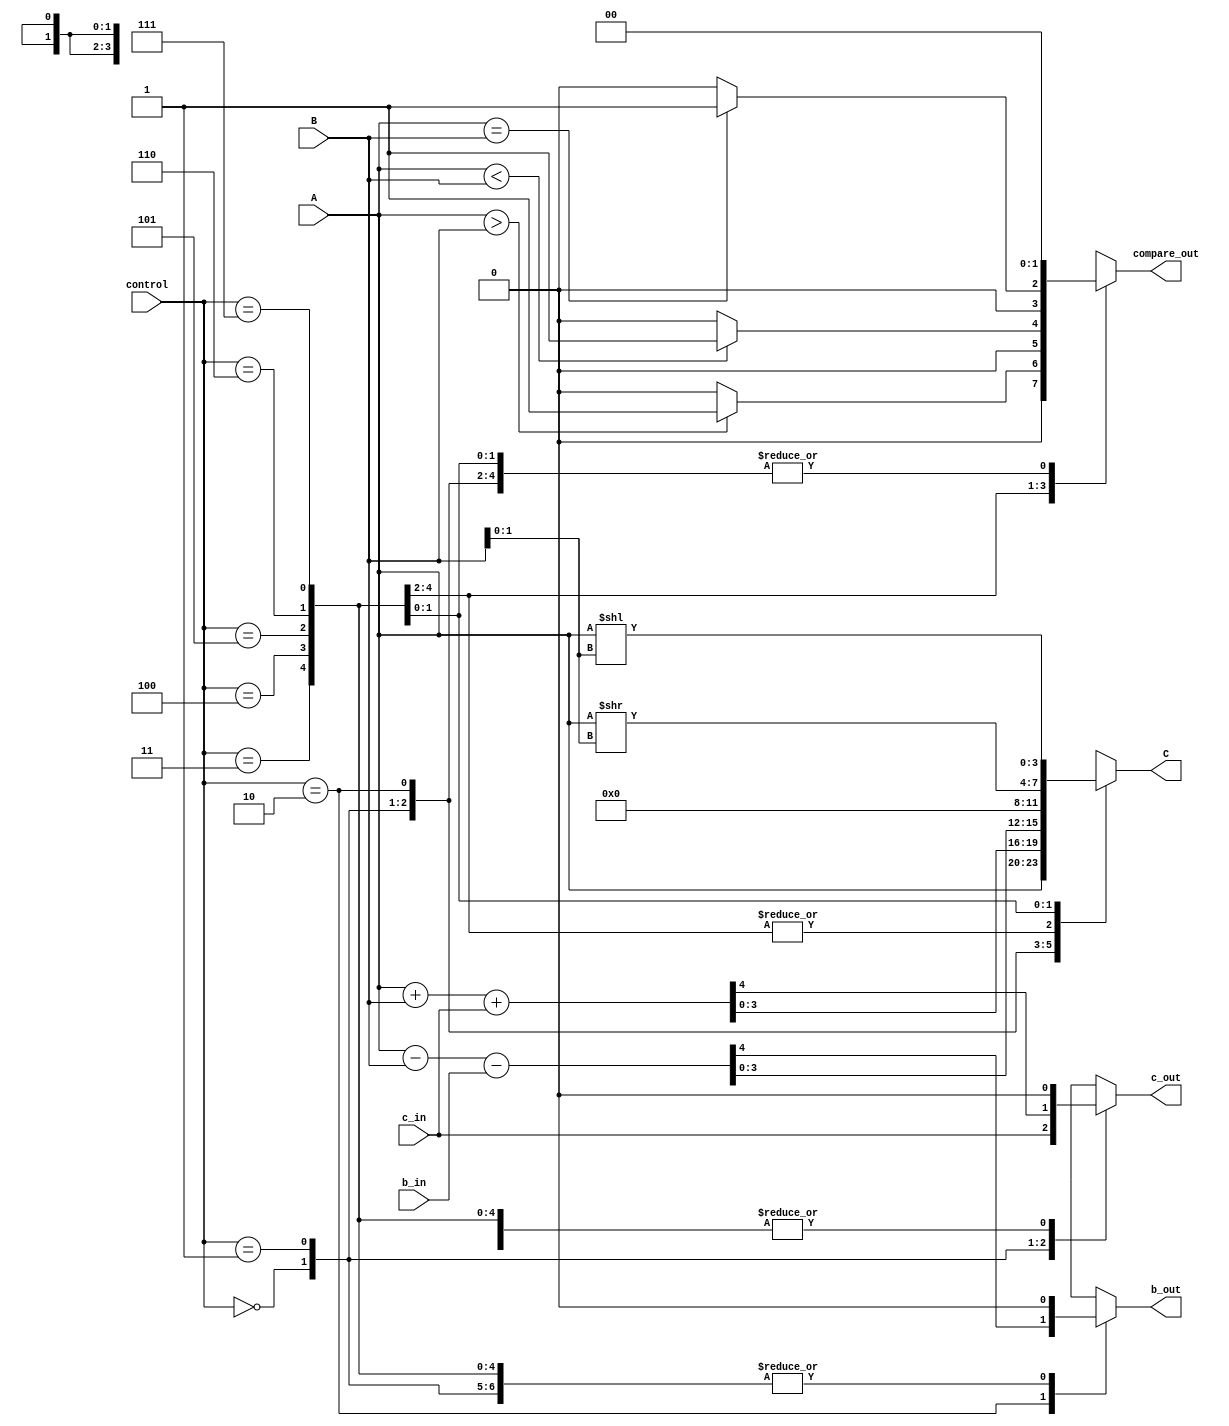
module ALU(A,B,c_in,b_in,control,C,c_out,b_out,compare_out);
// 4 bit inputs A and B, 3 bit control, 1 bit cin and bin 
  input [3:0] A;
  input [3:0] B;
	input [2:0] control;
  input c_in;
  input b_in;
  // 4 bit output C 1 bit c_output and bout, 2 bit compare 
  output reg [3:0] C;
  output reg c_out;
  output reg b_out;
  output reg[1:0] compare_out;
   
  always@(*)
  begin
    // 4 bit output C 1 bit c_output and bout, 2 bit compare 
  c_out = 1'b0;
	b_out = 1'b0;
	C = 4'b0000;
	compare_out = 2'b00;
 case(control)
  3'b000: begin
         	 C=A;
	         c_out=c_in;//assigning values to other variables
			end
			 //case(control)
	 3'b001: {c_out,C}=A+B+c_in;  //addition
	 
    3'b010: {b_out,C}=A-B-b_in;  //subtraction
    
    3'b011: compare_out =(A>B)?2'b01:2'b00; //greater than 
    
    3'b100: compare_out =(A<B)?2'b01:2'b00; // less than
    
    3'b101:  compare_out =(A==B)?2'b01:2'b00; //equal to
    
    3'b110: C = A>>B[1:0]; // right shift A by 2 bit B[1:0]
    
    3'b111:  C = A<<B[1:0]; // left shift B by 2 bit B[1:0]
    
    default: C= 4'b0000;
 
  endcase
  end
endmodule